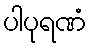
ပါပုရဏံ